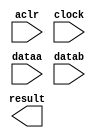
module altfp_add_sub0 (
	aclr,
	clock,
	dataa,
	datab,
	result)/* synthesis synthesis_clearbox = 1 */;

	input	  aclr;
	input	  clock;
	input	[31:0]  dataa;
	input	[31:0]  datab;
	output	[31:0]  result;

endmodule